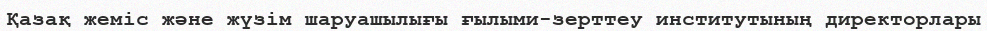
Қазақ жеміс және жүзім шаруашылығы ғылыми-зерттеу институтының директорлары